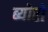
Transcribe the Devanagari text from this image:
ब्योरो